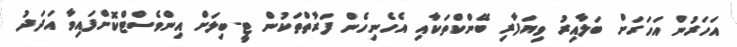
އަހަރުން އަހަރަށް ބަލާއިރު ވިޔަފާރި ބޭންކްތަކާއި އެހެނިހެން ފަރާތްތަކުން ޓީ-ބިލަށް އިންވެސްޓްކޮށްފައިވާ އަދަދު